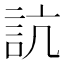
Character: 𧦑